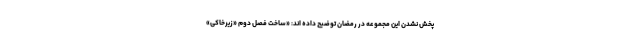
پخش نشدن این مجموعه در رمضان توضیح داده اند: «ساخت فصل دوم «زیرخاکی»